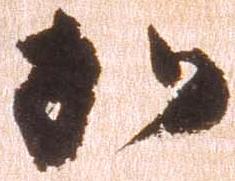
加